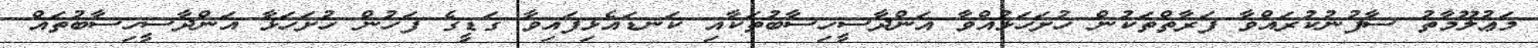
މަޢުލޫމާތު ސާފުނުކުރައްވާ ފަރާތްތަކުން ހުށަހަޅުއްވާ އަންދާސީހިސާބުތަކާއި ކަނޑައެޅިފައިވާ ގަޑީގެ ފަހުން ހުށަހަޅާ އަންދާސީހިސާބުތައް